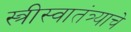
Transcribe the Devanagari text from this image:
स्त्रीस्वातंत्र्याचे